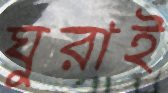
ঘুরাই